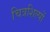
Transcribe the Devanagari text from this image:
चित्रशिल्पों